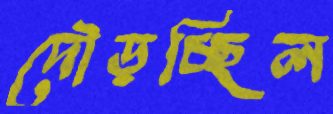
দৌড়চ্ছিল